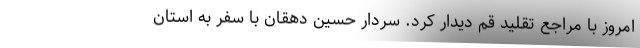
امروز با مراجع تقلید قم دیدار کرد. سردار حسین دهقان با سفر به استان